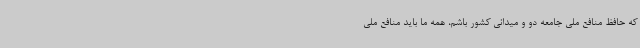
که حافظ منافع ملی جامعه دو و میدانی کشور باشم، همه ما باید منافع ملی